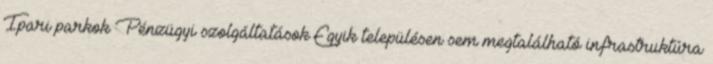
Ipari parkok Pénzügyi szolgáltatások Egyik településen sem megtalálható infrastruktúra